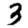
Digit: 3